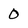
Character: 0